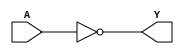
module NOT_gate(
    input wire A,
    output reg Y
);

assign Y = ~A;

endmodule